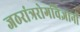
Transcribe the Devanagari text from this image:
जठरांत्ररोगविज्ञानी